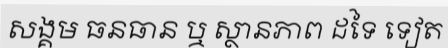
សង្គម ធនធាន ឬ ស្ថានភាព ដទៃ ទៀត